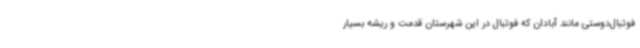
فوتبال‌دوستی مانند آبادان که فوتبال در این شهرستان قدمت و ریشه بسیار